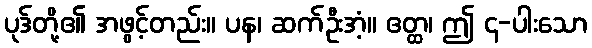
ပုဒ်တို့၏ အဖွင့်တည်း။ ပန၊ ဆက်ဦးအံ့။ ဧတ္ထ၊ ဤ ၄-ပါးသော